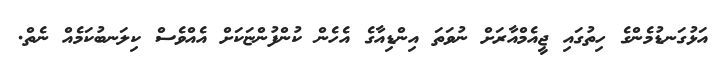
އަޅުގަނޑުމެންގެ ހިތުގައި ޖީއެމްއާރަށް ނުވަތަ އިންޑިއާގެ އެހެން ކުންފުންޏަކަށް އެއްވެސް ކިލަނބުކަމެއް ނެތް.